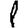
Digit: 1